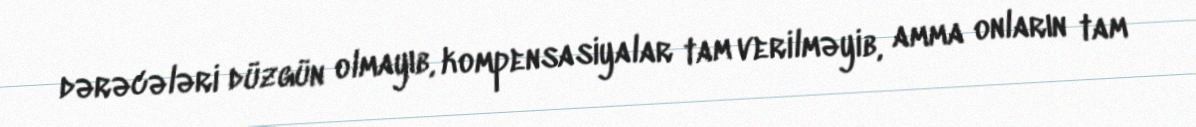
dərəcələri düzgün olmayıb, kompensasiyalar tam verilməyib, amma onların tam